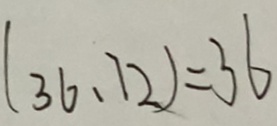
( 3 6 、 7 2 ) = 3 6